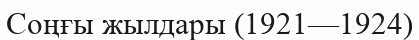
Соңғы жылдары (1921—1924)